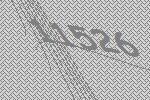
11526